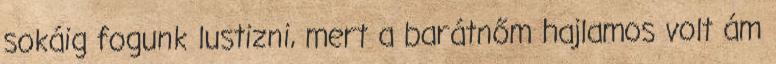
sokáig fogunk lustizni, mert a barátnőm hajlamos volt ám